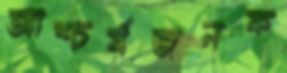
আশ্চর্যজনক